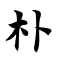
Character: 朴